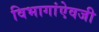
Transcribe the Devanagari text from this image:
विभागांऐवजी